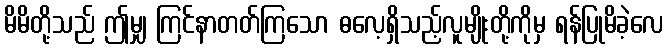
မိမိတို့သည် ဤမျှ ကြင်နာတတ်ကြသော ဓလေ့ရှိသည့်လူမျိုးတို့ကိုမှ ရန်ပြုမိခဲ့လေ